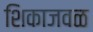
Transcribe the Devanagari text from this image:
शिकाजवळ